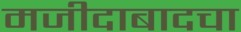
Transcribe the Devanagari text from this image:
मजीदाबादचा